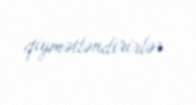
qiymətləndirirlər.